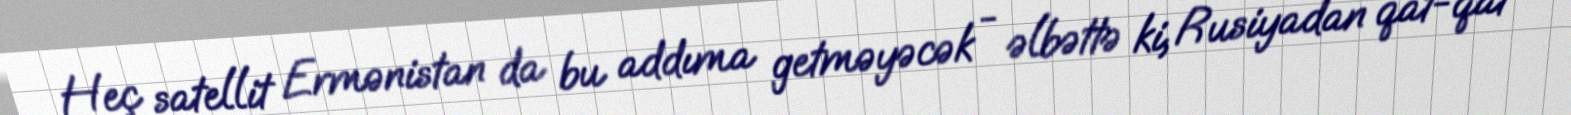
Heç satellit Ermənistan da bu addıma getməyəcək - əlbəttə ki, Rusiyadan qat-qat